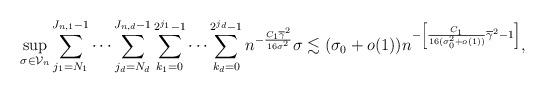
LaTeX: \begin{align*}\sup_{\sigma\in\mathcal{V}_n}\sum_{j_1=N_1}^{J_{n,1}-1}\cdots\sum_{j_d=N_d}^{J_{n,d}-1}\sum_{k_1=0}^{2^{j_1}-1}\cdots\sum_{k_d=0}^{2^{j_d}-1}n^{-\frac{C_1\overline{\gamma}^2}{16\sigma^2}}\sigma\lesssim(\sigma_0+o(1))n^{-\left[\frac{C_1}{16(\sigma_0^2+o(1))}\overline{\gamma}^2-1\right]},\end{align*}